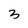
Character: 3